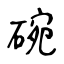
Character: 碗